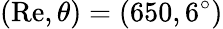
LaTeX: (\mathrm{Re},\theta)=(650,6^{\circ})